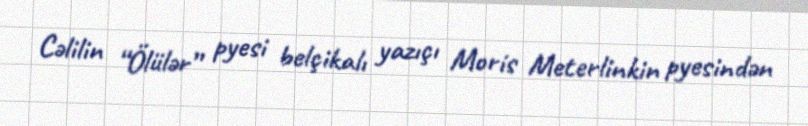
Cəlilin “Ölülər” pyesi belçikalı yazıçı Moris Meterlinkin pyesindən